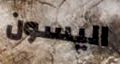
اليسون